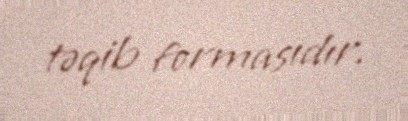
təqib formasıdır.